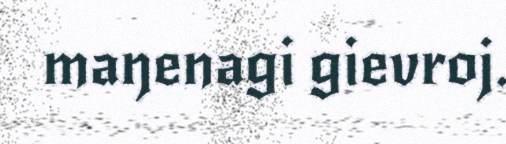
maŋenagi gievroj.